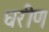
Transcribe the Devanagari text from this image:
धरीण